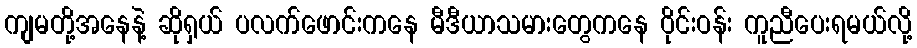
ကျမတို့အနေနဲ့ ဆိုရှယ် ပလက်ဖောင်းကနေ မီဒီယာသမားတွေကနေ ဝိုင်းဝန်း ကူညီပေးရမယ်လို့